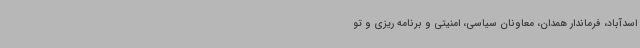
اسدآباد، فرماندار همدان، معاونان سیاسی، امنیتی و برنامه ریزی و تو